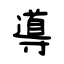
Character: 導